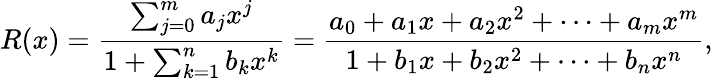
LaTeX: R(x)={\frac{\sum_{j=0}^{m}a_{j}x^{j}}{1+\sum_{k=1}^{n}b_{k}x^{k}}}={\frac{a_{0}+a_{1}x+a_{2}x^{2}+\dots+a_{m}x^{m}}{1+b_{1}x+b_{2}x^{2}+\dots+b_{n}x^{n}}},